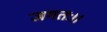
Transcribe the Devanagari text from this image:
जगतः।।